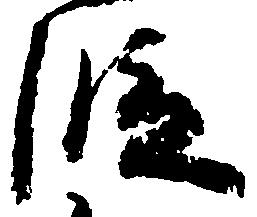
段